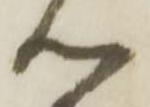
心